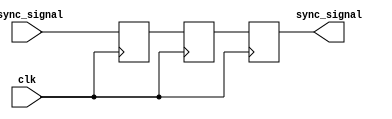
module triple_ff_synchronizer (
    input wire async_signal,  // Input signal from the asynchronous clock domain
    input wire clk,           // Clock signal of the destination clock domain
    output reg sync_signal    // Synchronized output signal
);

    // Internal signals for the flip-flops
    reg ff1_out;  // Output of the first flip-flop
    reg ff2_out;  // Output of the second flip-flop

    // First flip-flop
    always @(posedge clk) begin
        ff1_out <= async_signal; // Sample the asynchronous signal
    end

    // Second flip-flop
    always @(posedge clk) begin
        ff2_out <= ff1_out;      // Propagate the signal to the second flip-flop
    end

    // Third flip-flop
    always @(posedge clk) begin
        sync_signal <= ff2_out;  // Output the synchronized signal
    end

endmodule